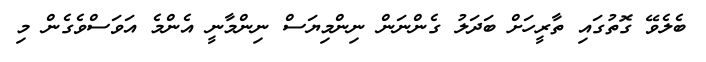
ބެލެވޭ ގޮތުގައި ތާރީހަށް ބަދަލު ގެންނަން ނިންމިޔަސް ނިންމާނީ އެންމެ އަވަސްވެގެން މި